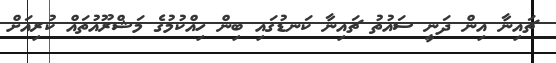
ޗައިނާ އިން ދަނީ ސައުތު ޗައިނާ ކަނޑުގައި ބިން ހިއްކުމުގެ މަޝްރޫއުތައް ކުރިއަށް